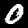
Digit: 0